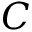
C